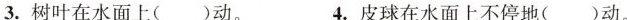
3.树叶在水面上( )动。 4.皮球在水面上不停地( )动。